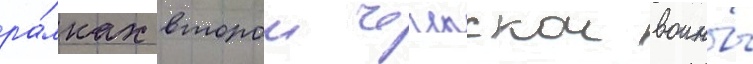
ра́мках второи чеченскои воины